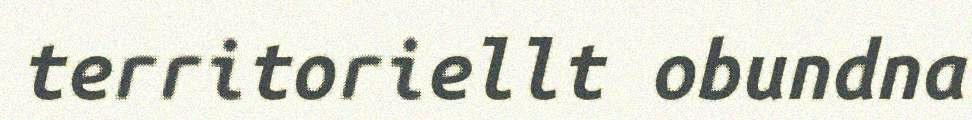
territoriellt obundna